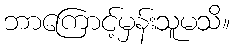
ဘာကြောင့်မှန်းသူမသိ။